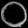
Digit: ၀